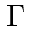
\Gamma